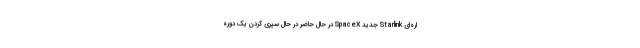
اره‌ای Starlink جدید SpaceX در حال حاضر در حال سپری کردن یک دوره